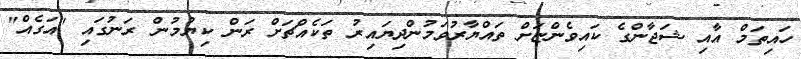
ހައިތަމް އާއި ޝަޖާންގެ ކައިވެންޏަށް ތައްޔާރުވަމުންދިޔައިރު ތަކެއްޗަށް ރަން ކިޔުމުން ރަނުގައި "އަގެއް"